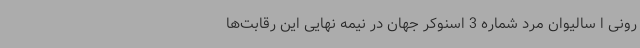
رونی ا سالیوان مرد شماره 3 اسنوکر جهان در نیمه نهایی این رقابت‌ها